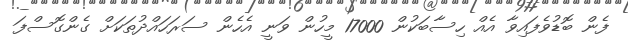
ފެން ބޮޑުވެފައިވާ އެއް ހިސާބަކުން 17000 މީހުން ވަނީ އެހެން ސަރަހައްދުތަކަށް ގެންގޮސްފަ